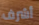
أشرف